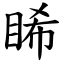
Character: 睎